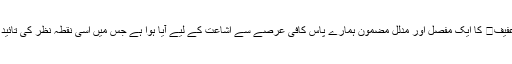
اس موضوع پر ہمارے فاضل بزرگ و محقق مولانا عبید اﷲ صاحب عفیف کا ایک مُفَصَّل اور مُدَلَّل مضمون ہمارے پاس کافی عرصے سے اشاعت کے لیے آیا ہوا ہے جس میں اسی نقطۂ نظر کی تائید و حمایت کی گئی ہے، جو ہم نے مذکورہ بالا سطور میں پیش کیا ہے۔